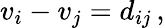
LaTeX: v_{i}-v_{j}=d_{ij}\, ,